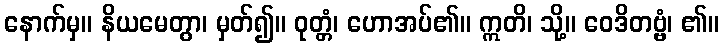
နောက်မှ။ နိယမေတွာ၊ မှတ်၍။ ဝုတ္တံ၊ ဟောအပ်၏။ ဣတိ၊ သို့။ ဝေဒိတဗ္ဗံ၊ ၏။